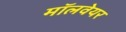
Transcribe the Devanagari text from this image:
मॉलवेयर